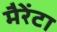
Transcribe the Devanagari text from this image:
मैरेंटा